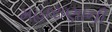
મહારાણાની